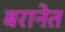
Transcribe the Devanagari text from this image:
बरानेत